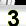
Digit: 3